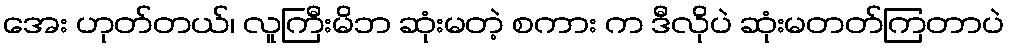
အေး ဟုတ်တယ်၊ လူကြီးမိဘ ဆုံးမတဲ့ စကား က ဒီလိုပဲ ဆုံးမတတ်ကြတာပဲ